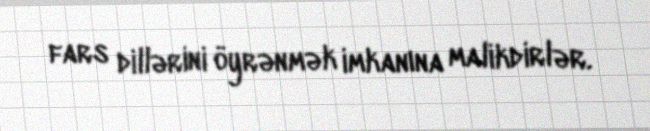
fars dillərini öyrənmək imkanına malikdirlər.